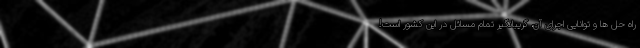
راه حل ها و توانایی اجرای آن، گریبانگیر تمام مسائل در این کشور است!